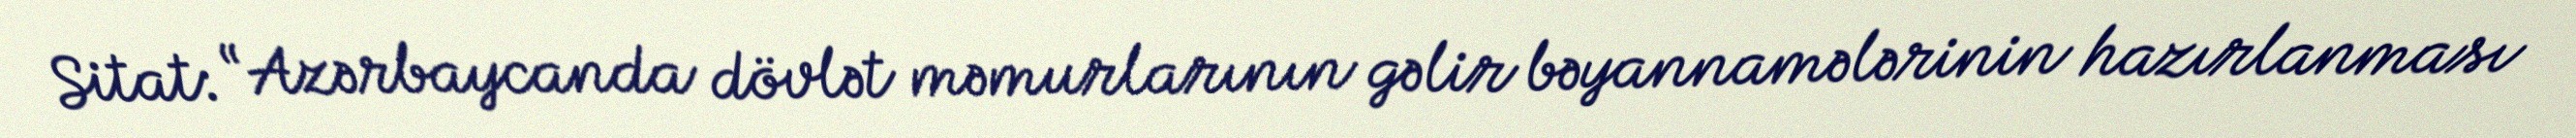
Sitat: “Azərbaycanda dövlət məmurlarının gəlir bəyannamələrinin hazırlanması